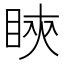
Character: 鿃